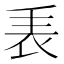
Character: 𧘰